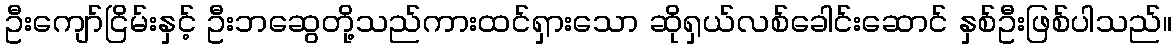
ဦးကျော်ငြိမ်းနှင့် ဦးဘဆွေတို့သည်ကားထင်ရှားသော ဆိုရှယ်လစ်ခေါင်းဆောင် နှစ်ဦးဖြစ်ပါသည်။